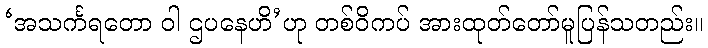
‘အသင်္ကရတော ဝါ ဌပနေဟိ’ဟု တစ်ဝိကပ် အားထုတ်တော်မူပြန်သတည်း။